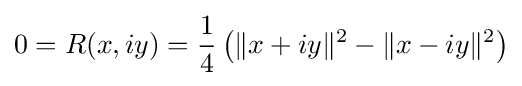
0=R(x,iy)={\frac {1}{4}}\left(\Vert x+iy\Vert ^{2}-\Vert x-iy\Vert ^{2}\right)